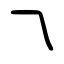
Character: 乁